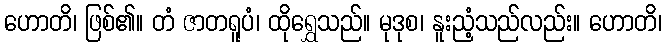
ဟောတိ၊ ဖြစ်၏။ တံ ဇာတရူပံ၊ ထိုရွှေသည်။ မုဒုစ၊ နူးညံ့သည်လည်း။ ဟောတိ၊